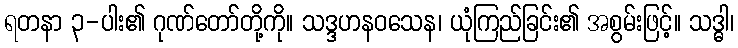
ရတနာ ၃-ပါး၏ ဂုဏ်တော်တို့ကို။ သဒ္ဒဟနဝသေန၊ ယုံကြည်ခြင်း၏ အစွမ်းဖြင့်။ သဒ္ဓါ၊